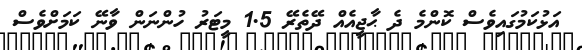
އަޅުކަމުގައިވެސް ކޮންމެ ދެ ޙާޖީއެއް ދޭތެރޭ 1.5 މީޓަރު ހުންނަން ވާނޭ ކަމަށްވެސް